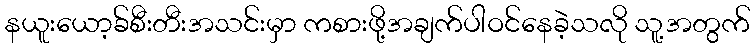
နယူးယော့ခ်စီးတီးအသင်းမှာ ကစားဖို့အချက်ပါဝင်နေခဲ့သလို သူ့အတွက်